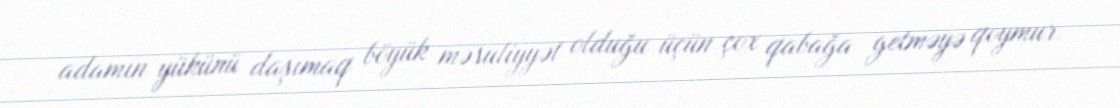
adamın yükünü daşımaq böyük məsuliyyət olduğu üçün çox qabağa getməyə qoymur.